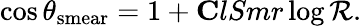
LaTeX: \cos\theta_{\mathrm{smear}}=1+{\mathbf ClSmr}\log\mathcal{R}.